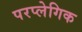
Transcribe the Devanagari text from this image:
परप्लेगिक